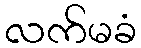
လက်မခံ